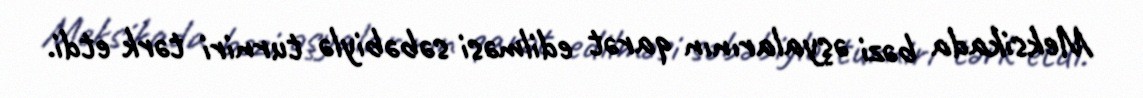
Meksikada bəzi əşyalarının qarət edilməsi səbəbiylə turniri tərk etdi.